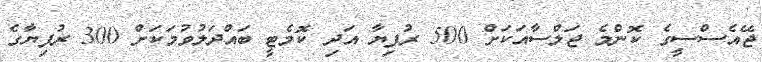
ޖޭއެސްސީގެ ކޮންމެ ޖަލްސާއަކަށް 500 ރުފިޔާ އަދި ކޮމެޓީ ބައްދަލުވުމަކަށް 300 ރުފިޔާގެ